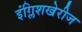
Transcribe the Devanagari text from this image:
इंग्लिशखेरीज